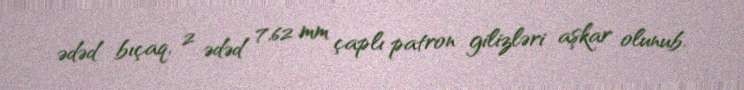
ədəd bıçaq, 2 ədəd 7,62 mm çaplı patron gilizləri aşkar olunub.